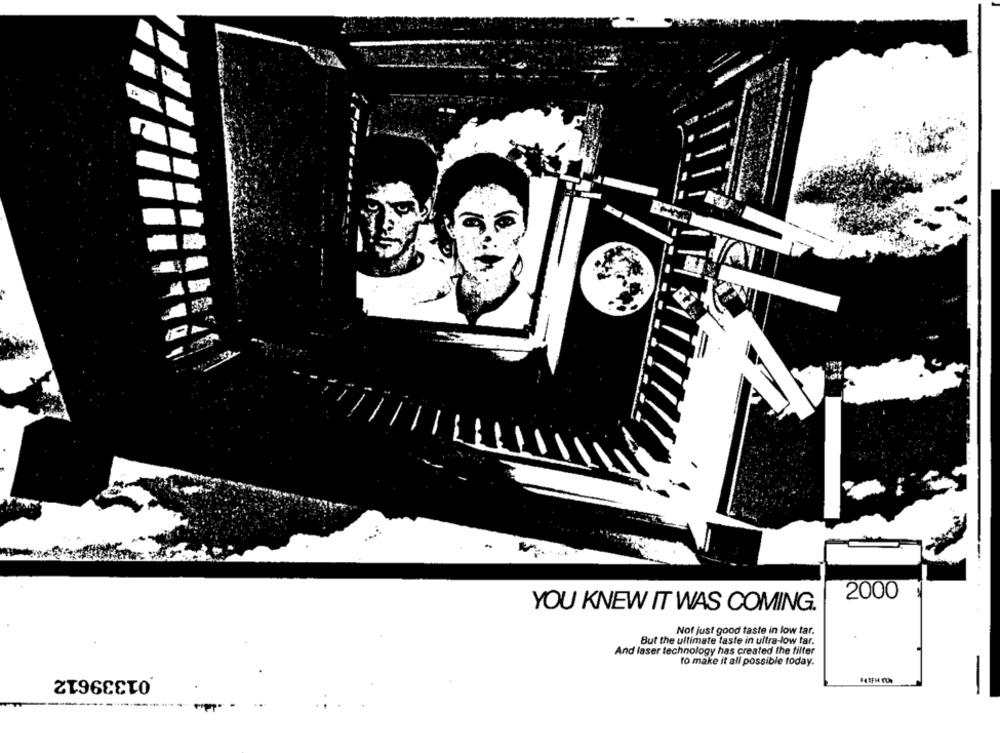
2000
YOU KNEW IT WAS COMING.
Not just good taste in low tar.
But the ultimate taste in ultra-low tar.
And laser technology has created the filter
to make it all possible today.
01339612
-